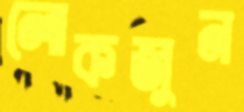
লোকজুন